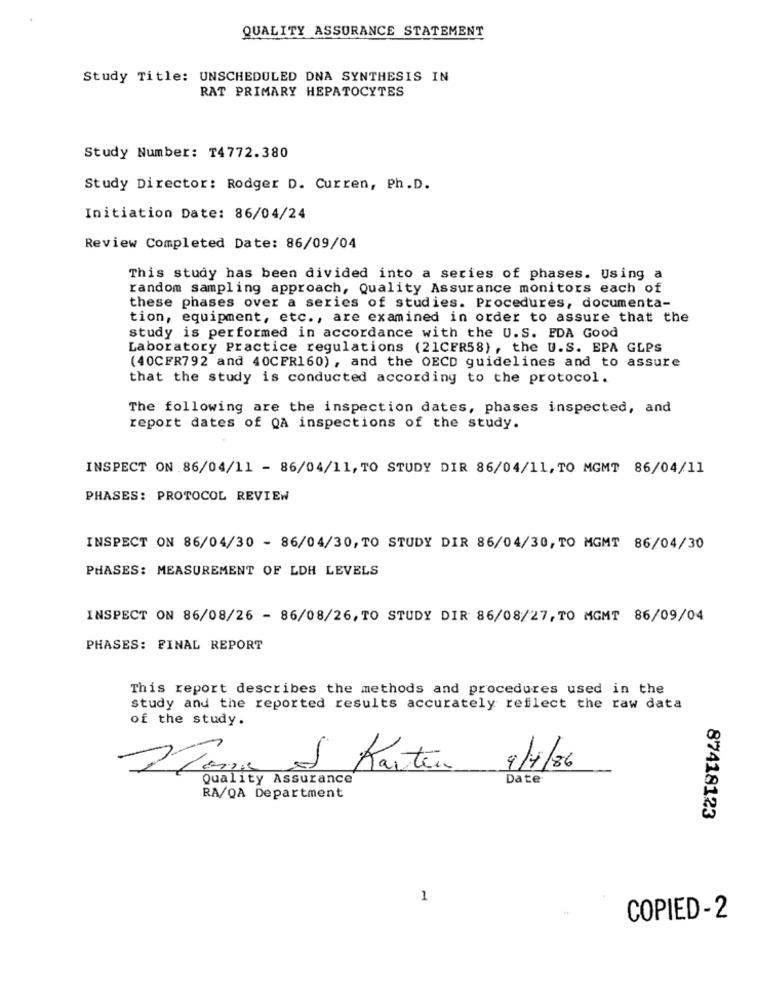
QUALITY ASSURANCE STATEMENT
Study Title: UNSCHEDULED DNA SYNTHESIS IN
RAT PRIMARY HEPATOCYTES
Study Number: T4772.380
Study Director: Rodger D. Curren, Ph.D.
Initiation Date: 86/04/24
Review Completed Date: 86/09/04
This study has been divided into a series of phases. Using a
random sampling approach, Quality Assurance monitors each of
these phases over a series of studies. Procedures, documenta-
tion, equipment, etc ., are examined in order to assure that the
study is performed in accordance with the U.S. EDA Good
Laboratory Practice regulations (21CFR58) , the U.S. EPA GLPS
(40CFR792 and 40CFR160), and the OECD guidelines and to assure
that the study is conducted according to the protocol.
The following are the inspection dates, phases inspected, and
report dates of QA inspections of the study.
INSPECT ON 86/04/11 - 86/04/11, TO STUDY DIR 86/04/11, TO MGMT 86/04/11
PHASES: PROTOCOL REVIEW
INSPECT ON 86/04/30 - 86/04/30, TO STUDY DIR 86/04/30, TO MGMT 86/04/30
PHASES: MEASUREMENT OF LDH LEVELS
INSPECT ON 86/08/26 - 86/08/26, TO STUDY DIR 86/08/27, TO MGMT 86/09/04
PHASES: FINAL REPORT
This report describes the methods and procedures used in the
study and the reported results accurately reflect the raw data
of the study.
& Karten
9/7/86
Quality Assurance
Date
RA/QA Department
87418123
1
COPIED-2